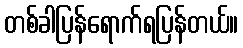
တစ်ခါပြန်ရောက်ရပြန်တယ်။